Vaccination in the Punjab 1919-1929 - 1919-1929
Year: 1919
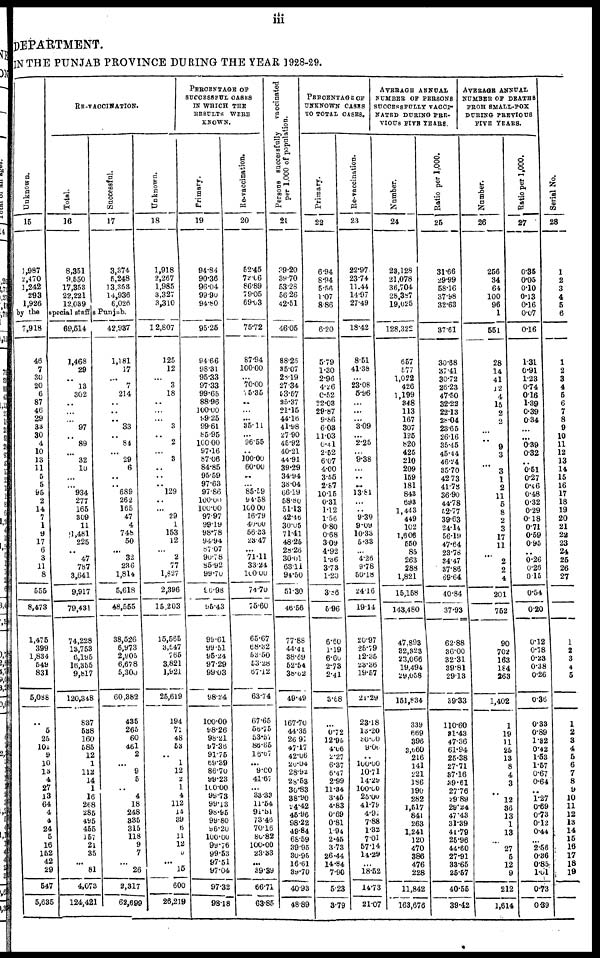
iii
DEPARTMENT.
IN THE PUNJAB PROVINCE DURING THE YEAR 1928-29.
Unknown.
15
1,987
2,470
1,242
293
1,926
RE-VACCINATION.
Total.
16
8,351
9,550
17,353
22,221
12,039
Successful.
17
3,374
5,248
13,353
14,936
6,026
by the special staffs Punjab.
7,918
46
7
30
20
6
87
46
29
33
30
4
10
13
11
5
5
95
2
14
7
1
9
17
6
3
11
8
555
8,473
1,475
399
1,834
549
831
5,088
5
25
101
9
10
13
4
27
13
64
4
4
24
5
16
152
42
29
547
5,635
69,514
1,468
29
...
13
302
...
...
...
97
...
89
...
32
10
...
...
934
277
165
309
11
1,481
225
...
47
787
3,641
9,917
79,431
74,228
13,753
6,195
16,355
9,817
120,348
837
538
160
585
12
1
112
14
1
16
268
285
495
455
157
21
35
...
81
4,073
124,421
42,937
1,181
17
...
7
214
...
...
...
33
...
84
...
29
6
...
... 689
262
165
47
4
748
50
...
32
236
1,814
5,618
48,555
38,526
6,973
2,905
6,678
5,300
60,382
435
265
60
461
2
...
9
5
...
4
18
248
335
315
118
9
7
...
26
2,317
62,699
Unknown.
18
1,918
2,267
1,985
3,327
3,310
12,807
125
12
...
3
18
...
...
...
3
...
2
...
3
...
...
... 129
...
...
29
1
153
12
...
2
77
1,827
2,396
15,203
15,565
3,547
765
3,821
1,921
25,619
194
71
48
53
..
1
12
2
1
4
112
14
39
6
11
12
5
...
15
600
26,219
PERCENTAGE OF
SUCCESSFUL CASES
IN WHICH THE
RESULTS WERE
KNOWN.
Primary.
19
94.84
90.36
96.04
99.90
94.80
95.25
94.66
98.31
95.33
97.33
99.65
88.96
100.00
99.25
99.61
85.95
100.00
97.16
87.06
84.85
95.59
97.63
97.86
100.00
100.00
97.97
99.19
98.78
94.94
87.07
90.78
85.92
99.70
96.98
95.43
99.61
99.51
95.24
97.29
99.03
98.24
100.00
98.26
98.21
97.36
91.75
69.39
86.70
99.23
100.00
99.73
99.13
98.95
99.80
96.20
100.00
99.76
99.53
97.51
97.04
97.32
98.18
Re-vaccination.
20
52.45
72.l6
86.89
79.05
69.03
75.72
87.94
100.00
...
70.00
5.35
...
...
...
35.11
...
96.55
..
100.00
60.00
...
... 85.59
94.58
100.00
16.79
40.00
56.33
23.47
...
71.11
33.24
100.00
74.70
75.60
65.67
68.32
53.50
53.28
67.12
63.74
67.65
56.75
53.57
86.65
16.67
...
9.00
41.67
...
33.33
11.64
91.51
73.46
70.16
80.82
100.00
23.33
...
39.39
66.71
63.85
P ersons successfully vaccinated
per 1,000 of population.
21
39.20
39.70
53.28
56.26
42.51
46.05
88.26
35.07
28.19
27.34
53.57
25.37
21.15
44.16
41.98
27.90
45.92
40.21
44.91
39.29
34.94
38.04
66.19
58.80
51.13
42.46
30.05
71.41
48.26
28.26
30.01
63.11
94.50
51.30
46.56
77.88
44.41
38.69
52.54
38.62
49.49
167.70
44.35
26.91
47.17
42.06
20.04
28.92
28.53
30.83
38.90
24.42
45.96
98.22
49.84
68.59
39.95
30.95
16.61
39.70
40.93
48.89
PERCENTAGE OF
UNKNOWN CASES
TO
TOTAL
CASES.
Primary.
22
6.94
8.94
5.56
1.07
8.86
6.20
5.79
1.30
2.96
4.26
0.52
22.03
29.87
9.86
6.03
11.03
0.41
2.52
6.07
4.00
3.55
2.87
10.15
0.31
1.12
1.56
0.80
0.68
3.09
4.92
1.36
3.73
1.20
3.86
5.96
6.60
1.19
6.60
2.73
2.41
3.68
...
0.72
12.95
4.06
2.27
6.37
6.47
2.99
11.34
3.45
4.83
0.69
0.81
1.94
2.45
3.73
26.44
14.84
7.90
5.23
3.79
Re-vaccination.
23
22.97
23.74
11.44
14.97
27.49
18.42
8.51
41.38
...
23.08
5.96
...
...
...
3.09
...
2.25
...
9.38
...
...
...
13.81
...
...
9.39
9.09
10.33
5.33
...
4.26
9.78
50.18
24.16
19.14
20.97
25.79
12.35
23.36
19.57
21.29
23.18
13.20
30.00
9.06
...
100.00
10.71
14.29
100.00
25.00
41.79
4.91
7.88
1.32
7.01
57.14
14.29
...
18.52
14.73
21.07
AVERAGE ANNUAL
NUMBER OF PERSONS
SUCCESSFULLY VACCI¬
NATED DURING PRE¬
VIOUS FIVE YEARS.
Number.
24
23,128
21,078
36,704
28,387
19,025
128,322
657
577
1,022
426
1,199
348
113
167
307
135
820
425
210
209
159
181
843
693
1,443
449
102
1,606
550
85
263
288
1,821
15,158
143,480
47,893
32,323
23,066
19,494
29,058
151,834
339
669
396
3,660
216
141
221
186
190
282
1,517
841
263
1,241
120
470
386
476
228
11,842
163,676
Ratio per 1,000.
25
31.66
29.99
58.16
37.98
32.63
37.61
30.88
37.41
30.72
26.23
47.50
32.22
22.13
28.04
23.65
26.16
35.45
45.44
46.24
35.70
42.73
41.73
36.90
44.78
52.77
39.63
24.14
56.19
47.64
23.78
34.47
37.86
69.64
40.84
37.93
62.88
36.00
32.31
39.81
29.13
39.33
110.60
31.43
47.36
61.94
25.38
27.71
37.16
39.61
27.76
29.89
29.24
47.43
31.39
41.79
25.96
44.60
27.91
33.65
26.57
40.55
39.42
AVERAGE ANNUAL
NUMBER OF DEATHS
FROM SMALL-POX
USING PREVIOUS
FIVE YEARS.
Number.
26
256
34
64
100
96
1
551
28
14
41
12
4
15
2
2
...
...
9
3
...
3
1
2
11
5
8
2
3
17
11
...
2
2
4
201
752
90
702
163
184
263
1,402
1
19
11
25
13
8
4
3
...
12
36
13
1
13
...
27
5
12
9
212
1,614
Ratio per 1,000.
27
0.35
0.05
0.10
0.13
0.16
0.07
0.16
1.31
0.91
1.23
0.74
0.16
1.39
0.39
0.34
...
...
0.39
0.32
...
0.51
0.27
0.46
0.48
0.32
0.29
0.18
0.71
0.59
0.95
...
0.26
0.26
0.15
0.54
0.20
0.12
0.78
0.23
0.38
0.26
0.36
0.33
0.89
1.32
0.42
1.53
1.57
0.67
0.64
...
1.27
0.69
0.73
0.12
0.44
...
2.56
0.36
0.85
1.01
0.73
0.39
Serial No.
28
1
2
3
4
5
6
1
2
3
4
5
6
7
8
9
10
11
12
13
14
15
16
17
18
19
20
21
22
23
24
25
26
27
...
...
1
2
3
4
5
...
1
2
3
4
5
6
7
8
9
10
11
12
13
14
15
16
17
18
19
...
...